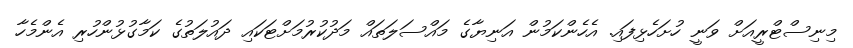
މިނިސްޓްރީއަށް ވަނީ ހުށަހެޅިފައި. އެހެންކަމުން އަނިޔާގެ މައްސަލަތައް މަދުކުރުމަށްޓަކައި ދައުލަތުގެ ކަމާގުޅުންހުރި އެންމެހާ